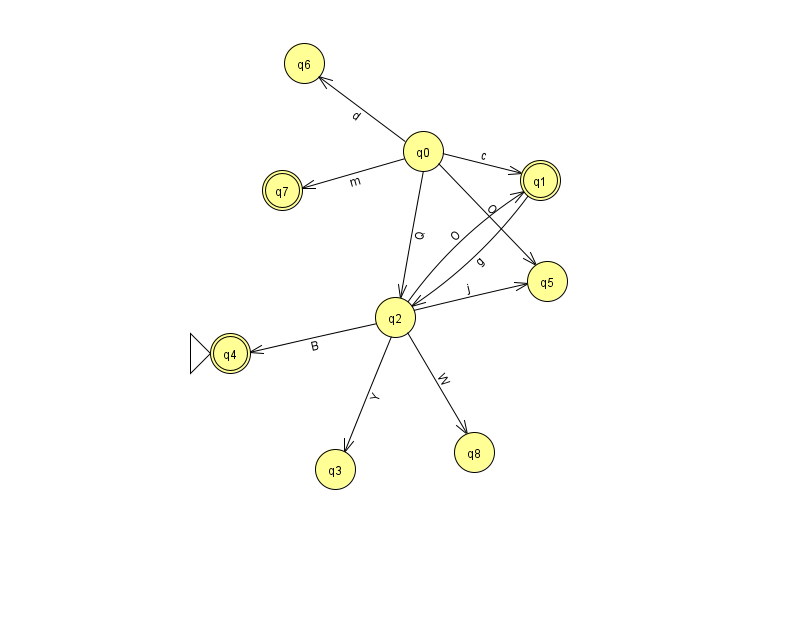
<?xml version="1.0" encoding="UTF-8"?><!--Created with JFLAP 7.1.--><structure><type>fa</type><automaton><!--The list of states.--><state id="0" name="q0"><x>423.0</x><y>138.0</y></state><state id="1" name="q1"><x>540.0</x><y>167.0</y><final/></state><state id="2" name="q2"><x>395.0</x><y>304.0</y></state><state id="3" name="q3"><x>335.0</x><y>456.0</y></state><state id="4" name="q4"><x>230.0</x><y>340.0</y><initial/><final/></state><state id="5" name="q5"><x>547.0</x><y>268.0</y></state><state id="6" name="q6"><x>304.0</x><y>50.0</y></state><state id="7" name="q7"><x>282.0</x><y>177.0</y><final/></state><state id="8" name="q8"><x>474.0</x><y>439.0</y></state><!--The list of transitions.--><transition><from>2</from><to>3</to><read>Y</read></transition><transition><from>0</from><to>6</to><read>d</read></transition><transition><from>0</from><to>5</to><read>O</read></transition><transition><from>2</from><to>1</to><read>O</read></transition><transition><from>0</from><to>1</to><read>c</read></transition><transition><from>0</from><to>7</to><read>m</read></transition><transition><from>0</from><to>2</to><read>Q</read></transition><transition><from>2</from><to>4</to><read>B</read></transition><transition><from>2</from><to>8</to><read>W</read></transition><transition><from>1</from><to>2</to><read>g</read></transition><transition><from>2</from><to>5</to><read>j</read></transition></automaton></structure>